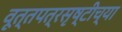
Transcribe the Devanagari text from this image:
वूत्तपत्रसृष्टीच्या